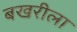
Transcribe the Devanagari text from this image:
बखरीला